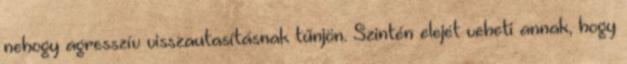
nehogy agresszív visszautasításnak tűnjön. Szintén elejét veheti annak, hogy